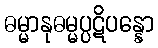
ဓမ္မာနုဓမ္မပ္ပဋိပန္နော